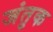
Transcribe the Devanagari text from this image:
जंतुक